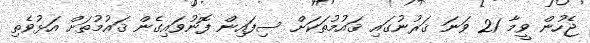
ޖެހުން ވީމާ 21 ވަނަ ޤަރުނުގައި ޤައުމުތަކަށް ސިފައިން ފޮނުވައިގެން ޤައުމުތަށް އަޅުވެތި